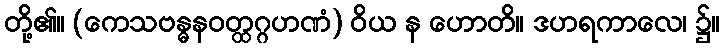
တို့၏။ (ကေသဗန္ဓနဝတ္ထဂ္ဂဟဏံ) ဝိယ န ဟောတိ။ ဒဟရကာလေ၊ ၌။